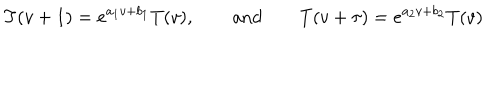
T ( v + 1 ) = e ^ { a _ { 1 } v + b _ { 1 } } T ( v ) , \qquad \mathrm { a n d } \qquad T ( v + \tau ) = e ^ { a _ { 2 } v + b _ { 2 } } T ( v )